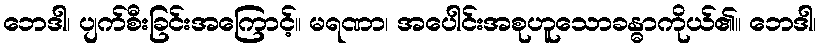
ဘေဒါ၊ ပျက်စီးခြင်းအကြောင့်။ မရဏာ၊ အပေါင်းအစုဟူသောခန္ဓာကိုယ်၏။ ဘေဒါ၊